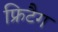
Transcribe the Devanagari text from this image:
फ्रिटैग